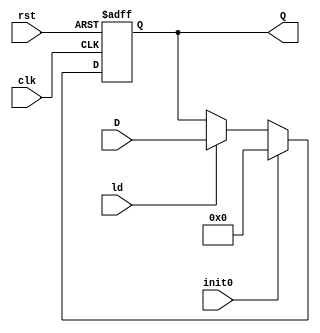
module Register #(parameter n = 8)(clk, rst, init0, ld, D, Q);
  
  input clk, rst, ld, init0;
  input [n-1:0] D;
  
  output reg [n-1:0] Q;
  
  always @(posedge clk, posedge rst) begin
    if(rst)
      Q = 0;
    else if(init0)
      Q = 0;
    else if(ld)
      Q = D;
  end
   
endmodule